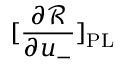
[ \frac { \partial \mathcal { R } } { \partial u _ { - } } ] _ { \mathrm { P L } }